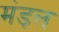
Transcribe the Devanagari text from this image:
मंड़ल